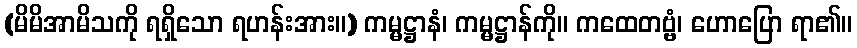
(မိမိအာမိသကို ရရှိသော ရဟန်းအား။) ကမ္မဋ္ဌာနံ၊ ကမ္မဋ္ဌာန်ကို။ ကထေတဗ္ဗံ၊ ဟောပြော ရာ၏။